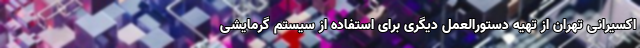
اکسیرانی تهران از تهیه دستورالعمل دیگری برای استفاده از سیستم گرمایشی